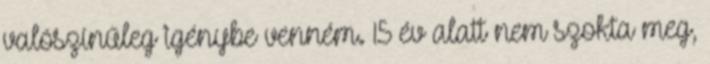
valószínűleg igénybe venném. 15 év alatt nem szokta meg,